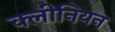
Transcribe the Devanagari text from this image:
क्लीनियन